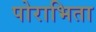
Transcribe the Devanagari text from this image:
पोराभिता